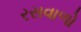
રસવાળો